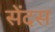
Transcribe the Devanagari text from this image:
सेंदस